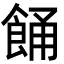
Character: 𩛤